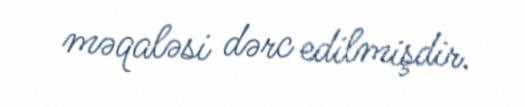
məqaləsi dərc edilmişdir.